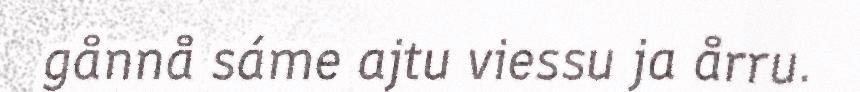
gånnå sáme ajtu viessu ja årru.